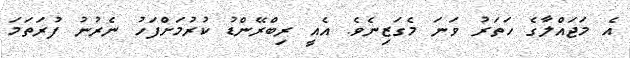
އެ މަޖައްލާގެ ހަތަރު ވަނަ މެގަޒިނެވެ. އެއީ ރިބްރޭންޑު ކުރުމަށްފަހު ނެރުނު ފުރަތަމަ